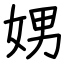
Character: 娚